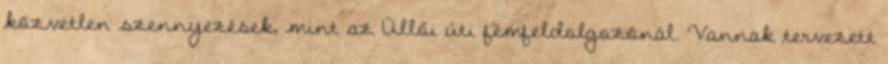
közvetlen szennyezések, mint az Üllői úti fémfeldolgozónál. Vannak tervezett